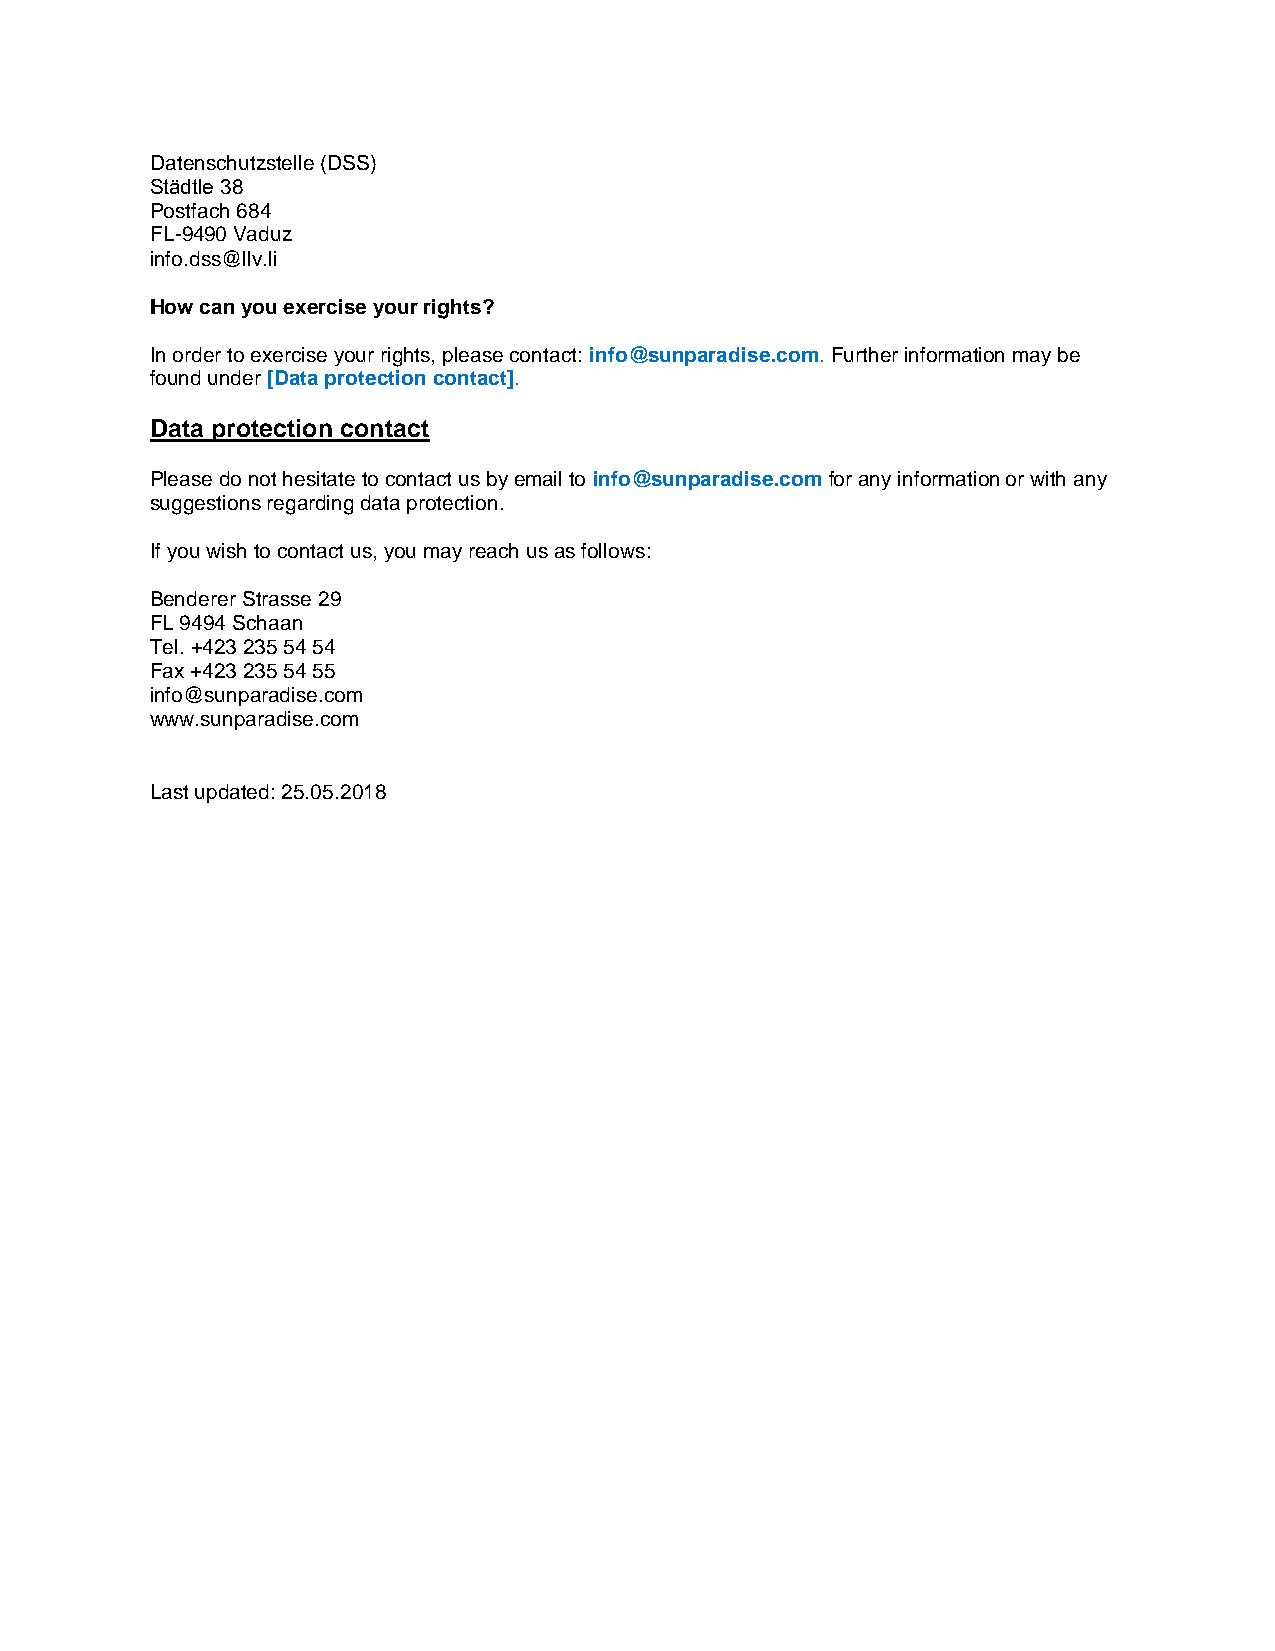
Datenschutzstelle (DSS)
 Städtle 38
 Postfach 684
 FL-9490 Vaduz
 info.dss@llv.li
 How can you exercise your rights?
 In order to exercise your rights, please contact: info@sunparadise.com. Further information may be
 found under [Data protection contact].
 Data protection contact
 Please do not hesitate to contact us by email to info@sunparadise.com for any information or with any
 suggestions regarding data protection.
 If you wish to contact us, you may reach us as follows:
 Benderer Strasse 29
 FL 9494 Schaan
 Tel. +423 235 54 54
 Fax +423 235 54 55
 info@sunparadise.com
 www.sunparadise.com
 Last updated: 25.05.2018